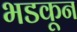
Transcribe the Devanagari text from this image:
भडकून